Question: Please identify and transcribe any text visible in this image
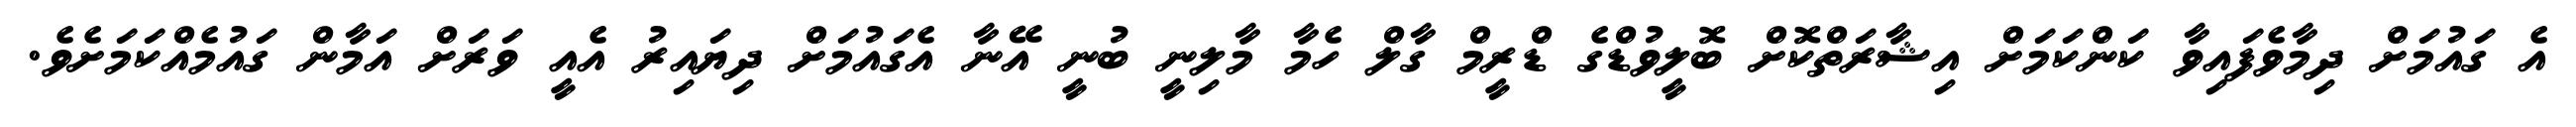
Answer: އެ ގައުމަށް ދިމާވެފައިވާ ކަންކަމަށް އިޝާރަތްކޮށް ބޮލީވުޑްގެ ޑްރީމް ގާލް ހެމާ މާލިނީ ބުނީ އޭނާ އެގައުމަށް ދިޔައިރު އެއީ ވަރަށް އަމާން ގައުމެއްކަމަށެވެ.